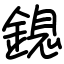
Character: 鎴